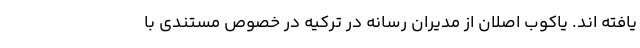
یافته اند. یاکوب اصلان از مدیران رسانه در ترکیه در خصوص مستندی با